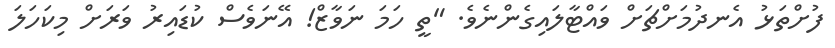
ފުށްތަޅު އެނދުމަށްޗަށް ވައްޓާލައިގެންނެވެ. "ތީ ހަމަ ނަވާޒް! އޭނަވެސް ކުޑައިރު ވަރަށް މިކަހަލަ